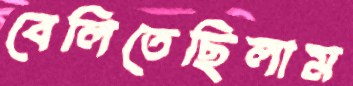
বেলিতেছিলাম